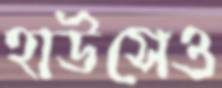
হাউসেও